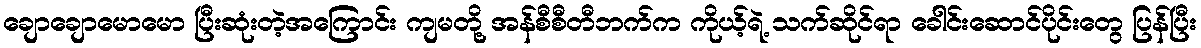
ချောချောမောမော ပြီးဆုံးတဲ့အကြောင်း ကျမတို့ အန်စီစီတီဘက်က ကိုယ့်ရဲ့ သက်ဆိုင်ရာ ခေါင်းဆောင်ပိုင်းတွေ ပြန်ပြီး